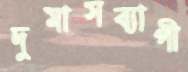
দুমাসব্যাপী